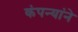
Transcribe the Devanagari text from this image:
कंपन्यांने